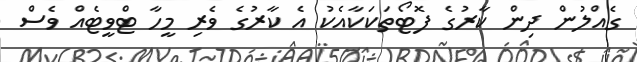
ގެއްލުން ދިން ކާރުގެ ފޮޓޯތަކަކާއެކު އެ ކާރުގެ ވެރި މީހާ ޓްވީޓެއް ވެސް